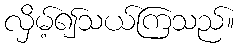
လှိမ့်၍သယ်ကြသည်။